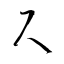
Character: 尺